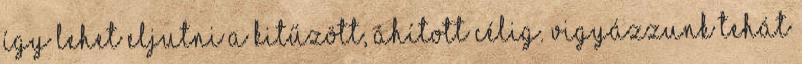
így lehet eljutni a kitűzött, áhított célig. Vigyázzunk tehát